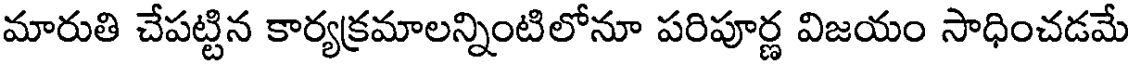
మారుతి చేపట్టిన కార్యక్రమాలన్నింటిలోనూ పరిపూర్ణ విజయం సాధించడమే